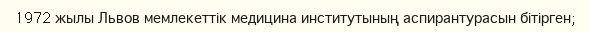
1972 жылы Львов мемлекеттік медицина институтының аспирантурасын бітірген;